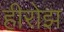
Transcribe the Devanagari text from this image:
हीरोझ